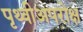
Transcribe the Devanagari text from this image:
पृथ्वीअपरोक्ष